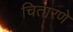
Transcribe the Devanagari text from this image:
चितारणे